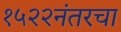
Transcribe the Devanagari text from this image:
१५२२नंतरचा